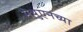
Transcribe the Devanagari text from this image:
मेथुएनच्या